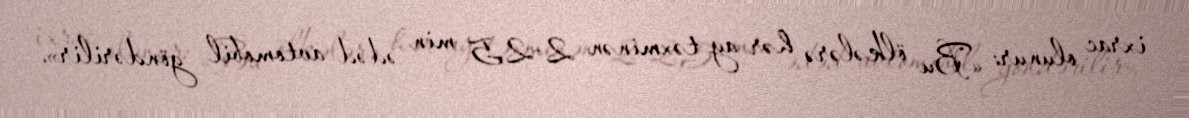
ixrac olunur: «Bu ölkələrə hər ay təxminən 2-2,5 min ədəd avtomobil göndərilir».